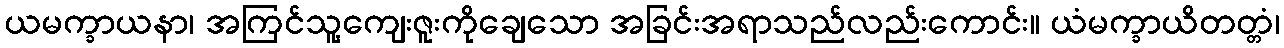
ယမက္ခာယနာ၊ အကြင်သူ့ကျေးဇူးကိုချေသော အခြင်းအရာသည်လည်းကောင်း။ ယံမက္ခာယိတတ္တံ၊